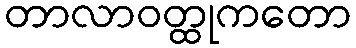
တာလာဝတ္ထုကတော